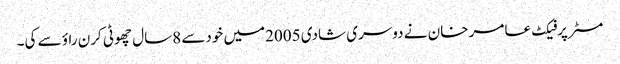
مسٹرپرفیکٹ عامر خان نے دوسری شادی 2005میں خودسے 8سال چھوٹی کرن راؤ سے کی۔